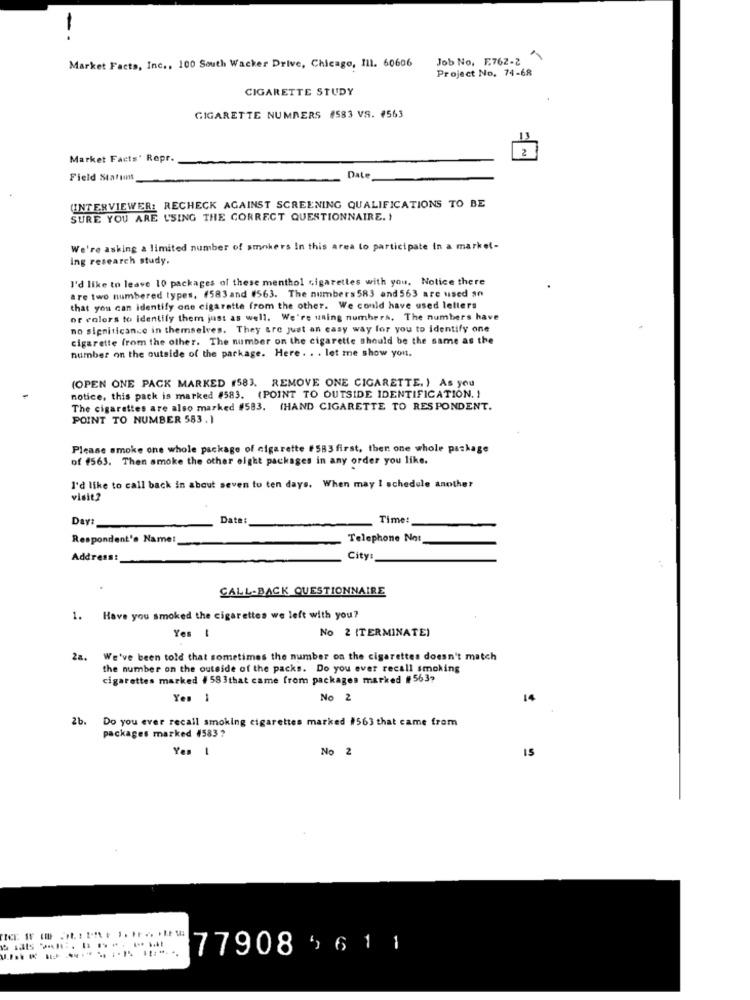
--
Job No, F.762-2
Market Facts, Inc ., 100 South Wacker Drive, Chicago, Il1. 60606
Project No. 74-68
CIGARETTE STUDY
CIGARETTE NUMBERS #583 VS. #563
2
Market Facts' Repr.
Field Stations
Date
(INTERVIEWER: RECHECK AGAINST SCREENING QUALIFICATIONS TO BE
SURE YOU ARE USING THE CORRECT QUESTIONNAIRE. !
We're asking a limited number of smokers In this area to participate In a market-
ing research study.
I'd like to leave 10 packages of these menthol cigarettes with you. Notice there
are two numbered types, (583 and 4563. The numbers 583 and 563 are used an
that you can identify one cigarette from the other. We could have used letters
or colors to identify them just as well. We're uning numbers, The numbers have
no significance in themselves. They are just an easy way for you to identify one
cigarette from the other. The number on the cigarette should be the same as the
number on the outside of the parkage. Here . . . let me show you.
(OPEN ONE PACK MARKED (583. REMOVE ONE CIGARETTE. ) As you
notice, this pack is marked #583. (POINT TO OUTSIDE IDENTIFICATION. )
The cigarettes are also marked #583. (HAND CIGARETTE TO RESPONDENT.
POINT TO NUMBER 583. 1
Please smoke one whole package of cigarette #583 first, then one whole package
of 4563. Then smoke the other eight packages in any order you like.
I'd like to call back in about seven to ten days. When may I schedule another
visit?
Day:
Date:
Time:
Respondent's Name:
Telephone Not
Address:
City
CALL-BACK QUESTIONNAIRE
1. Have you smoked the cigarettes we left with you?
No 2 (TERMINATE)
Yes !
2a.
We've been told that sometimes the number on the cigarettes doesn't match
the number on the outside of the packs. Do you ever recall smoking
cigarettes marked #583that came from packages marked #563?
No 2
14
2b. Do you ever recall smoking cigarettes marked #563 that came from
packages marked 4583?
Yes 1
No 2
IS
77908 4 611